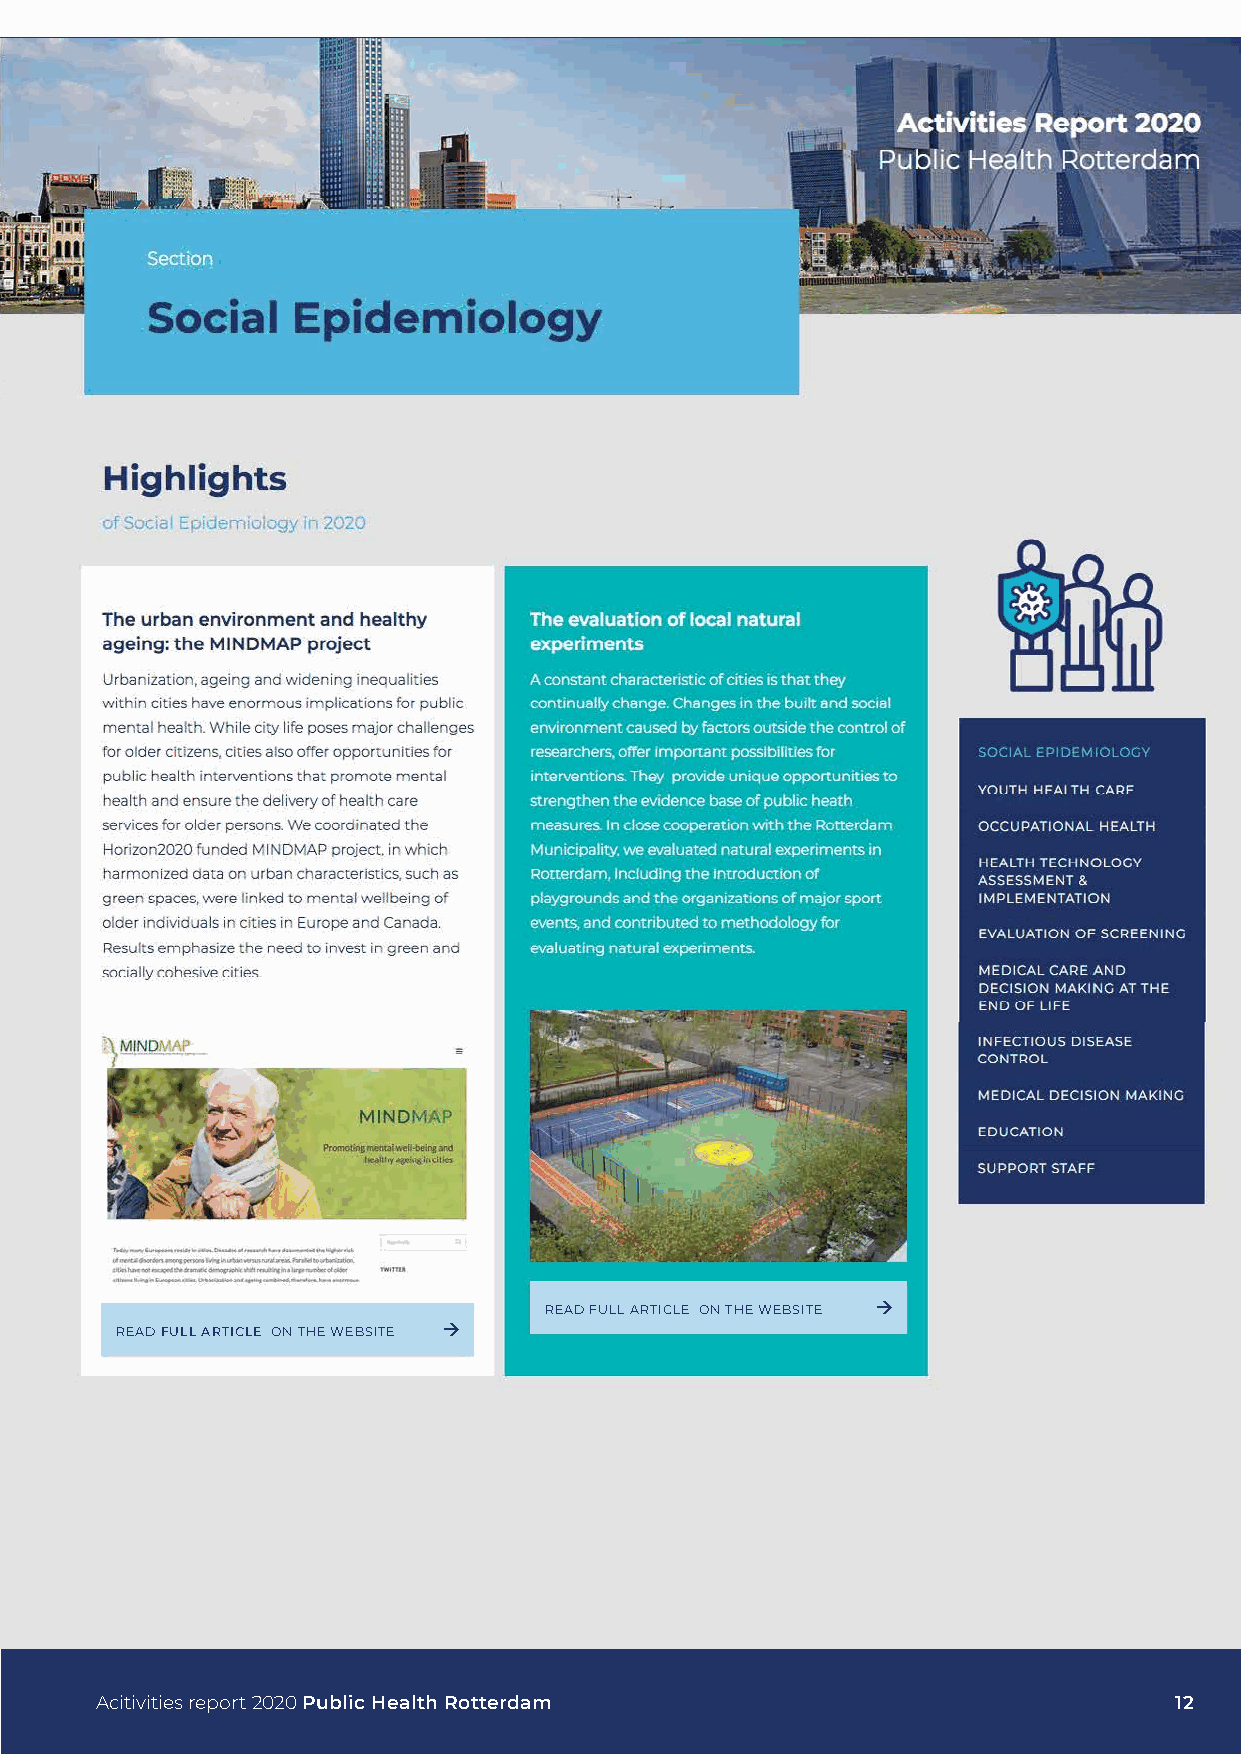
READ FULL ARTICLE ON THE WEBSITE 
 READ FULL ARTICLE ON THE WEBSITE 
 Acitivities report 2020 Public Health Rotterdam                         12